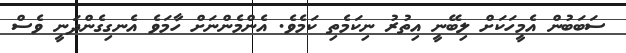
ސަބަބުން އެމީހަކަށް ލިބޭނީ އިތުރު ނިކަމެތި ކަމެވެ. އެންމެންނަށް ހާމަވެ އެނގިގެންދަނީ ވެސް